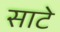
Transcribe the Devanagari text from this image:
साटे